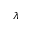
\lambda